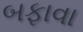
બફાવા